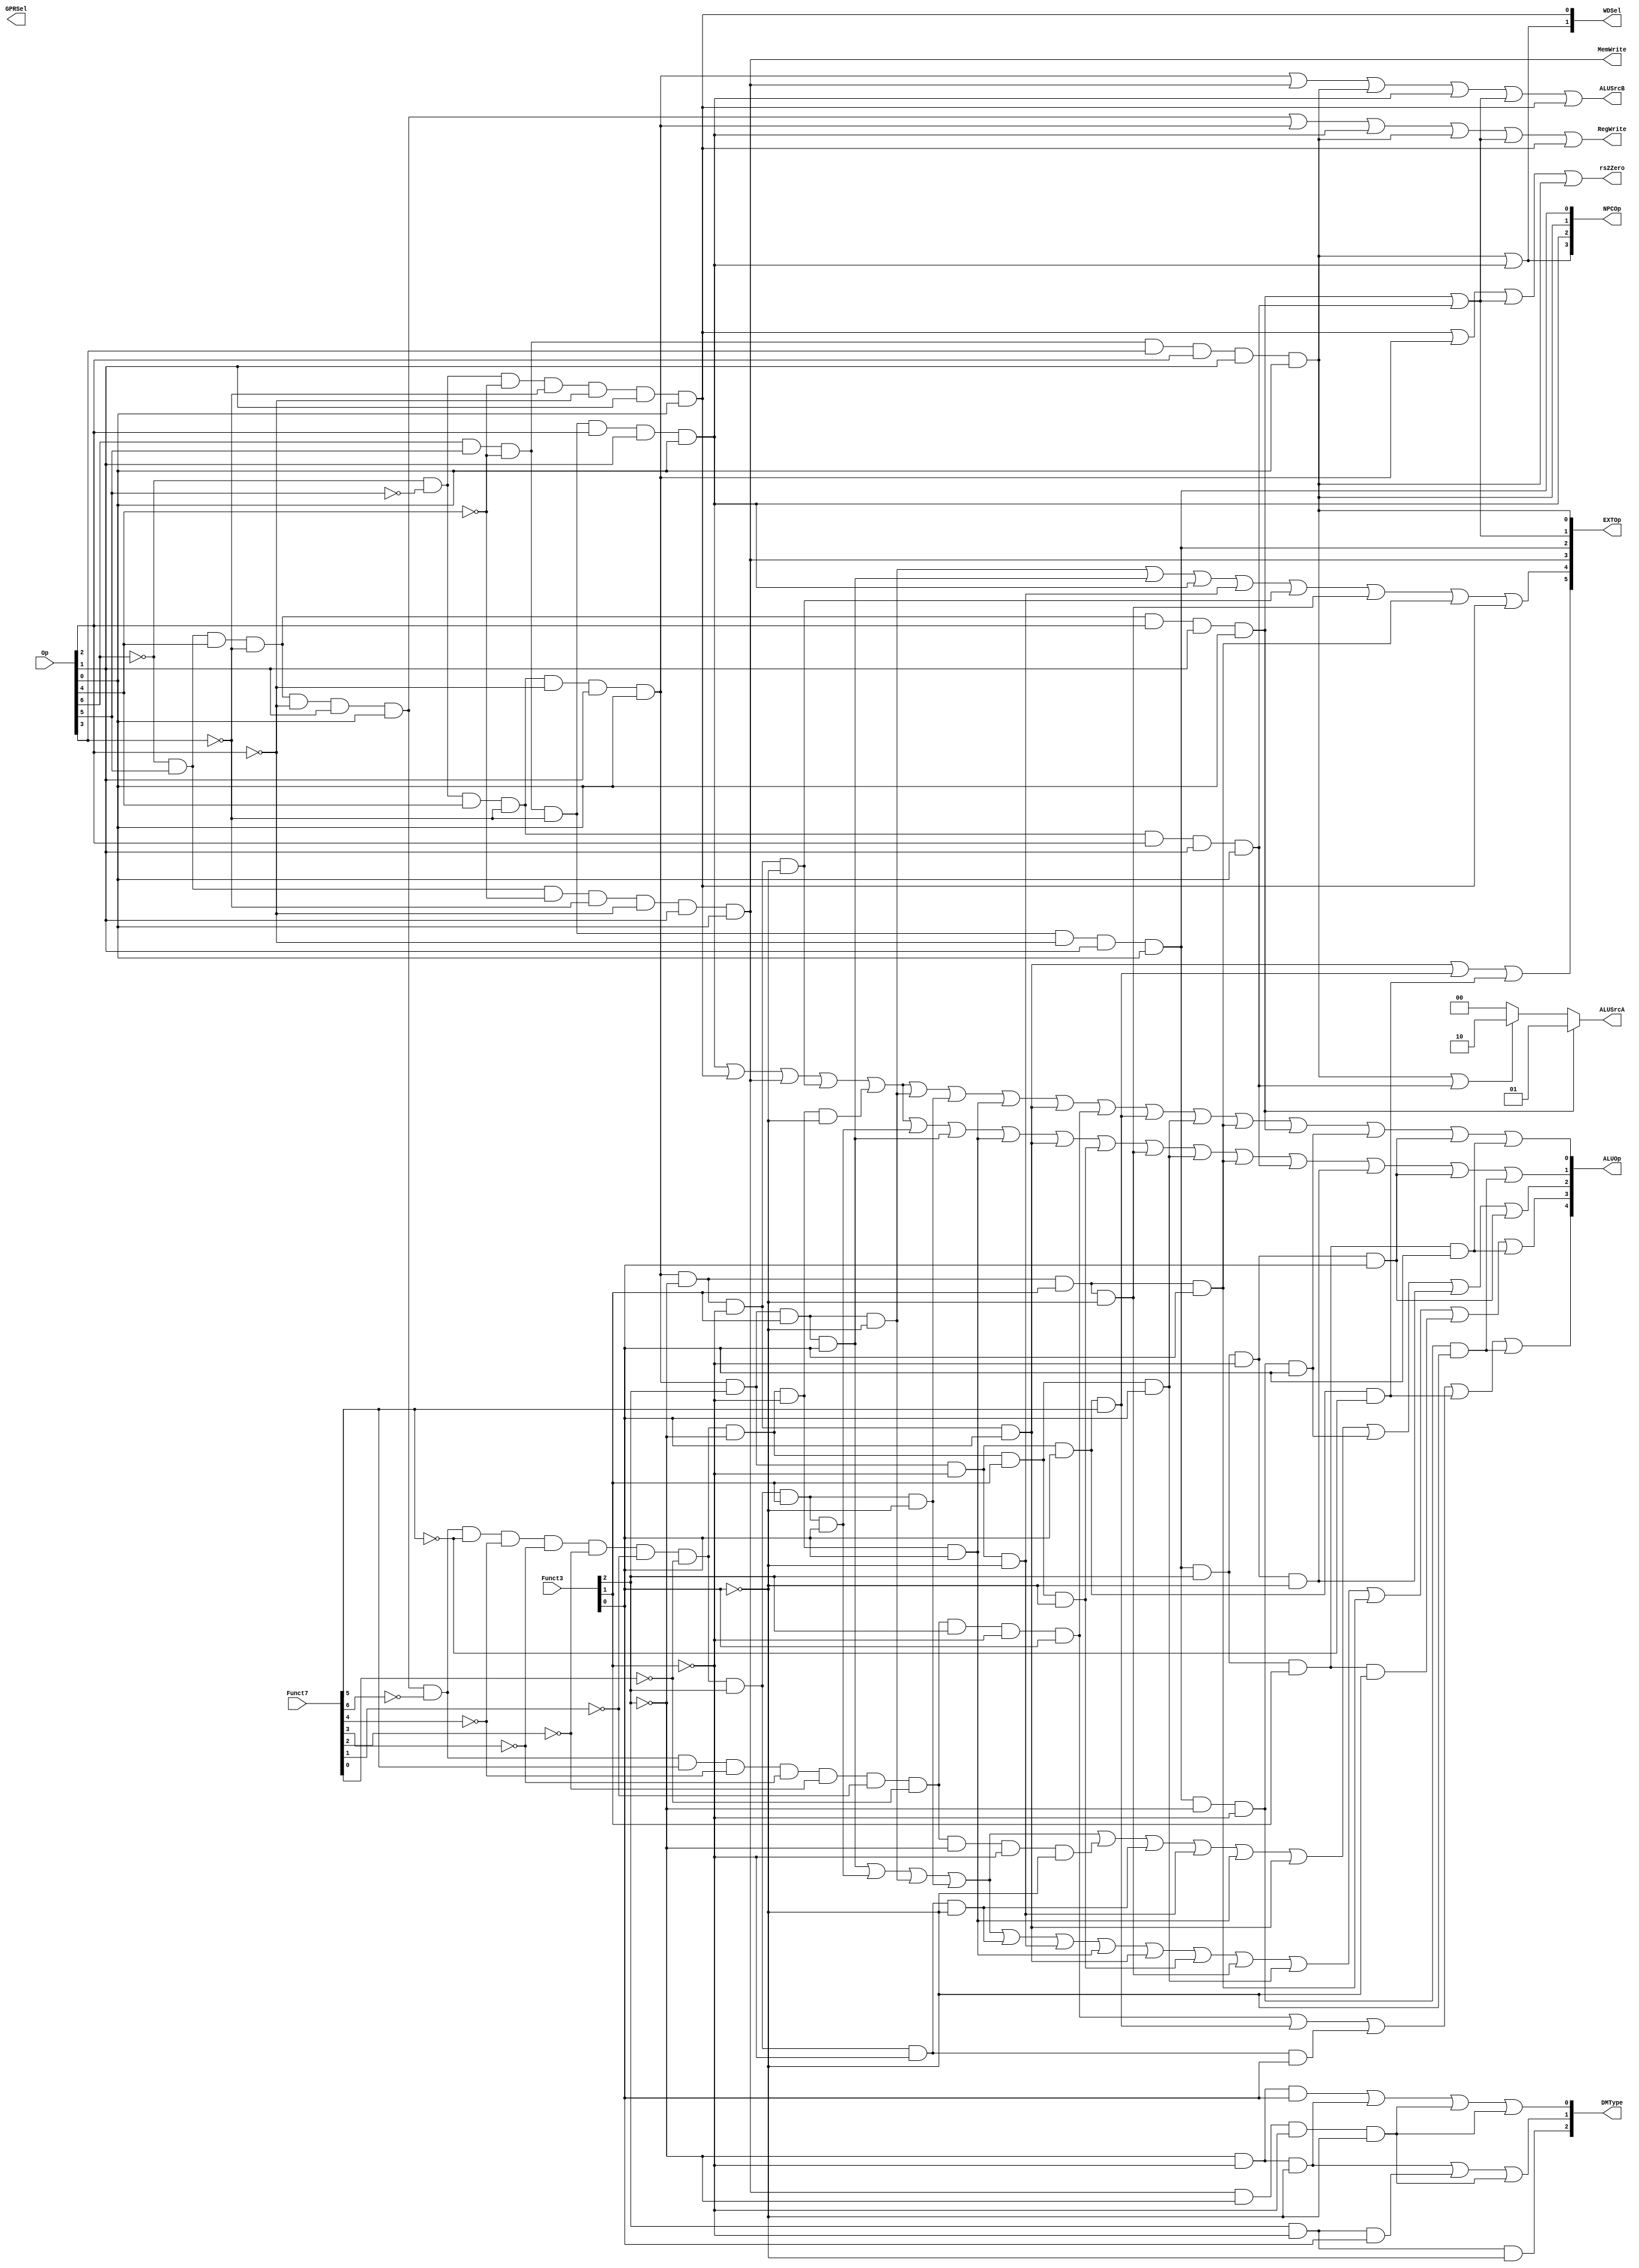
// `include "ctrl_encode_def.v"

//123
module ctrl(Op, Funct7, Funct3, 
            RegWrite, MemWrite,
            EXTOp, ALUOp, NPCOp, 
            ALUSrcA,ALUSrcB, GPRSel, WDSel,DMType,rs2Zero
            );
            
   input  [6:0] Op;       // opcode
   input  [6:0] Funct7;    // funct7
   input  [2:0] Funct3;    // funct3
   
   output       RegWrite; // control signal for register write
   output       MemWrite; // control signal for memory write
   output [5:0] EXTOp;    // control signal to signed extension
   output [4:0] ALUOp;    // ALU opertion
   output [3:0] NPCOp;    // next pc operation
   output [1:0] ALUSrcA;
   output       ALUSrcB;   // ALU source for B
   output [2:0] DMType;   //DataMemoryType(W/h/b)
   output [1:0] GPRSel;   // general purpose register selection
   output [1:0] WDSel;    // (register) write data selection
   output       rs2Zero;  // Don't need rs2;
   
  //u format
   wire i_lui    = ~Op[6]&Op[5]&Op[4]&~Op[3]&Op[2]&Op[1]&Op[0];  //0110111
   wire i_auipc  = ~Op[6]&~Op[5]&Op[4]&~Op[3]&Op[2]&Op[1]&Op[0]; //0010111
   wire utype = i_lui|i_auipc;

  // r format
    wire rtype  = ~Op[6]&Op[5]&Op[4]&~Op[3]&~Op[2]&Op[1]&Op[0]; //0110011
    wire i_add  = rtype& ~Funct7[6]&~Funct7[5]&~Funct7[4]&~Funct7[3]&~Funct7[2]&~Funct7[1]&~Funct7[0]&~Funct3[2]&~Funct3[1]&~Funct3[0]; // add 0000000 000
    wire i_sub  = rtype& ~Funct7[6]& Funct7[5]&~Funct7[4]&~Funct7[3]&~Funct7[2]&~Funct7[1]&~Funct7[0]&~Funct3[2]&~Funct3[1]&~Funct3[0]; // sub 0100000 000
    wire i_or   = rtype& ~Funct7[6]&~Funct7[5]&~Funct7[4]&~Funct7[3]&~Funct7[2]&~Funct7[1]&~Funct7[0]& Funct3[2]& Funct3[1]&~Funct3[0]; // or 0000000 110
    wire i_and  = rtype& ~Funct7[6]&~Funct7[5]&~Funct7[4]&~Funct7[3]&~Funct7[2]&~Funct7[1]&~Funct7[0]& Funct3[2]& Funct3[1]& Funct3[0]; // and 0000000 111
    wire i_xor  = rtype& ~Funct7[6]&~Funct7[5]&~Funct7[4]&~Funct7[3]&~Funct7[2]&~Funct7[1]&~Funct7[0]& Funct3[2]&~Funct3[1]&~Funct3[0]; // xor 0000000 100 
    wire i_sll  = rtype& ~Funct7[6]&~Funct7[5]&~Funct7[4]&~Funct7[3]&~Funct7[2]&~Funct7[1]&~Funct7[0]&~Funct3[2]&~Funct3[1]& Funct3[0]; // sll 0000000 001 
    wire i_sra  = rtype& ~Funct7[6]& Funct7[5]&~Funct7[4]&~Funct7[3]&~Funct7[2]&~Funct7[1]&~Funct7[0]& Funct3[2]&~Funct3[1]& Funct3[0]; // sra 0100000 101
    wire i_srl  = rtype& ~Funct7[6]&~Funct7[5]&~Funct7[4]&~Funct7[3]&~Funct7[2]&~Funct7[1]&~Funct7[0]& Funct3[2]&~Funct3[1]& Funct3[0]; // srl 0000000 101 
    wire i_slt  = rtype& ~Funct7[6]&~Funct7[5]&~Funct7[4]&~Funct7[3]&~Funct7[2]&~Funct7[1]&~Funct7[0]&~Funct3[2]& Funct3[1]&~Funct3[0]; // slt 0000000 010
    wire i_sltu = rtype& ~Funct7[6]&~Funct7[5]&~Funct7[4]&~Funct7[3]&~Funct7[2]&~Funct7[1]&~Funct7[0]&~Funct3[2]& Funct3[1]& Funct3[0]; // sltu 0000000 011

 // i format
   wire itype_l  = ~Op[6]&~Op[5]&~Op[4]&~Op[3]&~Op[2]&Op[1]&Op[0]; //0000011
   wire i_lb     = ~Funct3[2] & ~Funct3[1] & ~Funct3[0]; //lb 000
   wire i_lh     = ~Funct3[2] & ~Funct3[1] &  Funct3[0]; //lh 001
   wire i_lw     = ~Funct3[2] &  Funct3[1] & ~Funct3[0]; //lw 010
   wire i_lbu    =  Funct3[2] & ~Funct3[1] & ~Funct3[0]; //lbu 100
   wire i_lhu    =  Funct3[2] & ~Funct3[1] &  Funct3[0]; //lhu 101

// i format
    wire itype_r = ~Op[6]&~Op[5]&Op[4]&~Op[3]&~Op[2]&Op[1]&Op[0]; 	//0010011
    wire i_addi  =  itype_r& ~Funct3[2]& ~Funct3[1]& ~Funct3[0]; 	// addi 000
    wire i_ori   =  itype_r& Funct3[2] &  Funct3[1]& ~Funct3[0]; 	// ori 110
    wire i_andi  =  itype_r& Funct3[2] &  Funct3[1]&  Funct3[0]; 	// andi 111
    wire i_xori  =  itype_r& Funct3[2] & ~Funct3[1]& ~Funct3[0]; 	// xori 100
    wire i_slli  =  itype_r&~Funct3[2] & ~Funct3[1]&  Funct3[0]; 	// slli 001
    wire i_srai  =  itype_r& Funct3[2] & ~Funct3[1]&  Funct3[0] & Funct7[5]; // srai 101 0100000
    wire i_srli  =  itype_r& Funct3[2] & ~Funct3[1]&  Funct3[0] &~Funct7[5]; // srai 101 0000000
    wire i_slti  =  itype_r&~Funct3[2] &  Funct3[1]& ~Funct3[0]; // srai 010
    wire i_sltiu =  itype_r&~Funct3[2] &  Funct3[1]&  Funct3[0]; // srai 011

 //jalr
	wire i_jalr =Op[6]&Op[5]&~Op[4]&~Op[3]&Op[2]&Op[1]&Op[0];//jalr 1100111

  // s format
   wire stype  = ~Op[6]&Op[5]&~Op[4]&~Op[3]&~Op[2]&Op[1]&Op[0];//0100011
   wire i_sw   =  stype& ~Funct3[2]& Funct3[1]&~Funct3[0]; // sw 010
   wire i_sb   =  stype& ~Funct3[2]&~Funct3[1]&~Funct3[0]; // sb 000
   wire i_sh   =  stype& ~Funct3[2]&~Funct3[1]&~Funct3[0]; // sh 001

  // sb format
   wire sbtype  = Op[6]&Op[5]&~Op[4]&~Op[3]&~Op[2]&Op[1]&Op[0];//1100011
   wire i_beq  = sbtype& ~Funct3[2]& ~Funct3[1]&~Funct3[0]; // beq 000
   wire i_bne  = sbtype& ~Funct3[2]& ~Funct3[1]& Funct3[0]; // bne 001
   wire i_blt  = sbtype&  Funct3[2]& ~Funct3[1]&~Funct3[0]; // blt 100
   wire i_bge  = sbtype&  Funct3[2]& ~Funct3[1]& Funct3[0]; // bge 101
   wire i_bltu = sbtype&  Funct3[2]&  Funct3[1]&~Funct3[0]; // bltu 110
   wire i_bgeu = sbtype&  Funct3[2]&  Funct3[1]& Funct3[0]; // bltu 111
	
 // j format
   wire i_jal  = Op[6]& Op[5]&~Op[4]& Op[3]& Op[2]& Op[1]& Op[0];  // jal 1101111

  // generate control signals
  assign RegWrite   = rtype | itype_r | i_jalr | i_jal |utype | itype_l; // register write
  assign MemWrite   = stype;                           // memory write
  assign ALUSrcA    = i_lui ? 2'b01 :(i_jal||i_auipc ? 2'b10 : 2'b00);
  assign ALUSrcB    = itype_r | stype | i_jal | i_jalr |utype | itype_l;   // ALU B is from instruction immediate

  // signed extension
  // EXT_CTRL_ITYPE_SHAMT     6'b100000
  // EXT_CTRL_ITYPE	      6'b010000
  // EXT_CTRL_STYPE	      6'b001000
  // EXT_CTRL_BTYPE	      6'b000100
  // EXT_CTRL_UTYPE	      6'b000010
  // EXT_CTRL_JTYPE	      6'b000001
  assign EXTOp[5]    =  i_slli|i_srai|i_srli;
  assign EXTOp[4]    =  i_ori | i_andi | i_jalr | i_xori | i_addi|i_slti|i_sltiu | itype_l;  
  assign EXTOp[3]    = stype; 
  assign EXTOp[2]    = sbtype; 
  assign EXTOp[1]    = utype;   
  assign EXTOp[0]    = i_jal;         


  
  
  // WDSel_FromALU 2'b00
  // WDSel_FromMEM 2'b01
  // WDSel_FromPC  2'b10 
  assign WDSel[0] = itype_l;
  assign WDSel[1] = i_jal | i_jalr;

  // NPC_PLUS4   3'b000
  // NPC_BRANCH  3'b001
  // NPC_JUMP    3'b010
  // NPC_JALR	3'b100
  //Branch EXMEMZero
  assign NPCOp[0] = sbtype;
  assign NPCOp[1] = i_jal;
  assign NPCOp[2] = i_jalr;
  assign NPCOp[3] = i_jal|i_jalr; //,jD
  
/*
`define ALUOp_beq  5'b10010
`define ALUOp_bne  5'b00101
`define ALUOp_blt  5'b00110
`define ALUOp_bge  5'b00111
`define ALUOp_bltu 5'b01000
`define ALUOp_bgeu 5'b01001
*/
 
	assign ALUOp[0] = i_jalr|itype_l|stype|i_addi|i_add|i_ori|i_or|i_sll|i_slli|i_sra|i_srai|i_sltu|i_sltiu|i_lui|i_bne|i_bge|i_bgeu;
	assign ALUOp[1] = i_jalr|itype_l|stype|i_addi|i_add|i_and|i_andi|i_sll|i_slli|i_slt|i_slti|i_sltu|i_sltiu|i_auipc|i_blt|i_bge|i_beq;
	assign ALUOp[2] = i_andi|i_and|i_ori|i_or|i_sub|i_xor|i_xori|i_sll|i_slli|i_bne|i_blt|i_bge;
	assign ALUOp[3] = i_andi|i_and|i_ori|i_or|i_xor|i_xori|i_sll|i_slli|i_slt|i_slti|i_sltu|i_sltiu|i_bltu|i_bgeu;
	assign ALUOp[4] = i_sra|i_srai|i_srl|i_srli|i_beq;

   //DMType
   assign DMType[2]=i_lbu;
   assign DMType[1]=i_lb | i_lhu|i_sb;
   assign DMType[0]=i_lh | i_lb |i_sh| i_sb;  

   //rs2Zero
   assign rs2Zero=itype_l |itype_r | utype| i_jal;

endmodule